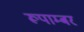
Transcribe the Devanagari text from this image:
रूपाम्बर